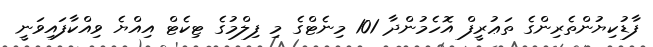
ފާޑުކިޔުންތެރިންގެ ތަޢުރީފް އޮހެމުންދާ 101 މިނެޓްގެ މި ފިލްމުގެ ޓިކެޓް އިއްޔެ ވިއްކާފައިވަނީ